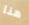
هنا